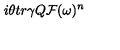
i \theta t r \gamma Q { \cal F } ( \omega ) ^ { n }